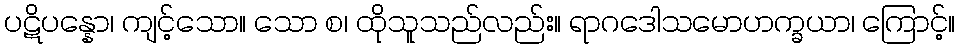
ပဋိပန္နော၊ ကျင့်သော။ သော စ၊ ထိုသူသည်လည်း။ ရာဂဒေါသမောဟက္ခယာ၊ ကြောင့်။